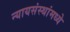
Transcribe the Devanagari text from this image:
न्यायसंस्थांमध्ये